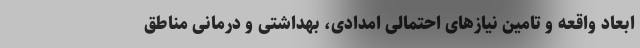
ابعاد واقعه و تامین نیازهای احتمالی امدادی، بهداشتی و درمانی مناطق